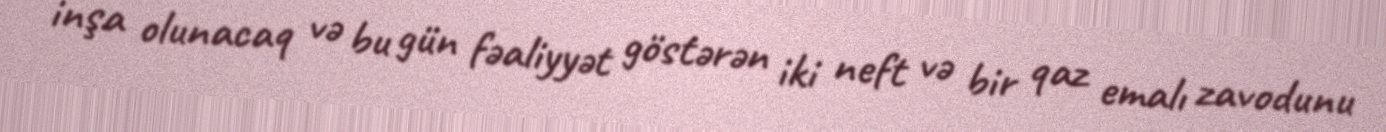
inşa olunacaq və bu gün fəaliyyət göstərən iki neft və bir qaz emalı zavodunu